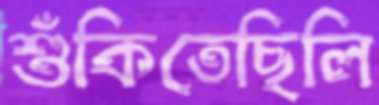
শুঁকিতেছিলি